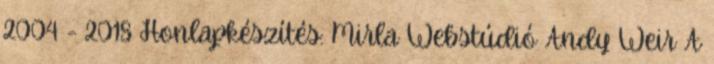
2004 - 2018 Honlapkészítés: Mirla Webstúdió Andy Weir A